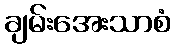
ချမ်းအေးသာစံ